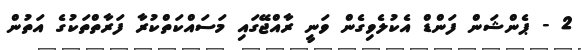
2 - ޕެންޝަން ފަންޑް އެކުލެވިގެން ވަނީ ރާއްޖޭގައި މަސައްކަތްކުރާ ފަރާތްތަކުގެ އަތުން